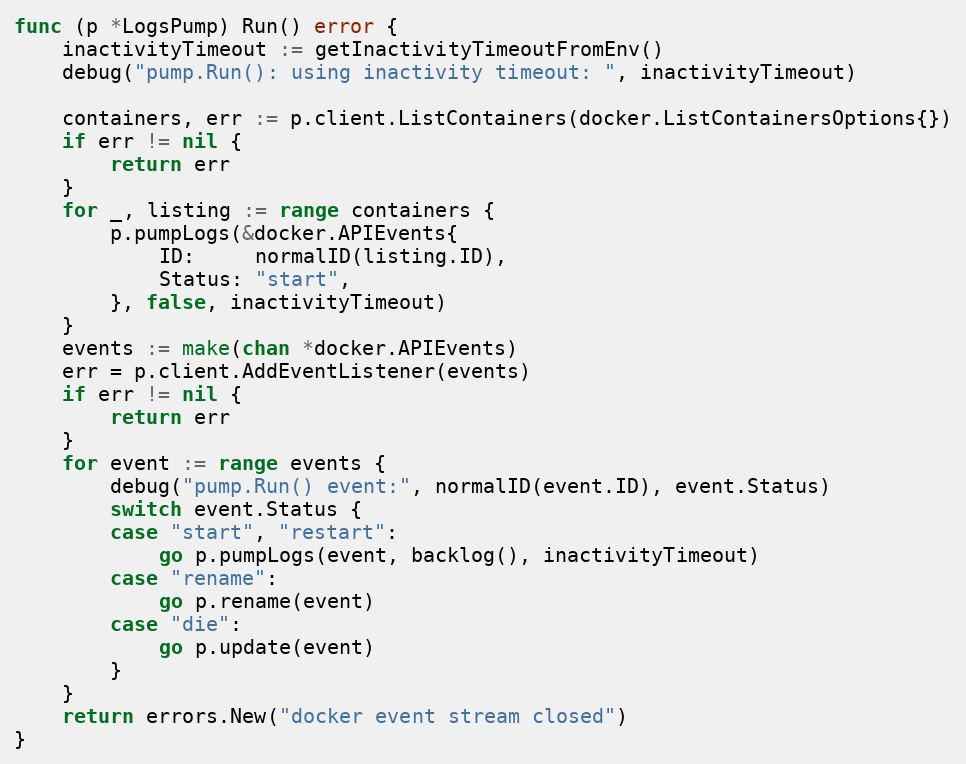
Language: Go
func (p *LogsPump) Run() error {
	inactivityTimeout := getInactivityTimeoutFromEnv()
	debug("pump.Run(): using inactivity timeout: ", inactivityTimeout)

	containers, err := p.client.ListContainers(docker.ListContainersOptions{})
	if err != nil {
		return err
	}
	for _, listing := range containers {
		p.pumpLogs(&docker.APIEvents{
			ID:     normalID(listing.ID),
			Status: "start",
		}, false, inactivityTimeout)
	}
	events := make(chan *docker.APIEvents)
	err = p.client.AddEventListener(events)
	if err != nil {
		return err
	}
	for event := range events {
		debug("pump.Run() event:", normalID(event.ID), event.Status)
		switch event.Status {
		case "start", "restart":
			go p.pumpLogs(event, backlog(), inactivityTimeout)
		case "rename":
			go p.rename(event)
		case "die":
			go p.update(event)
		}
	}
	return errors.New("docker event stream closed")
}